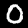
Digit: 0